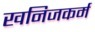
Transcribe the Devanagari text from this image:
खनिजकर्म